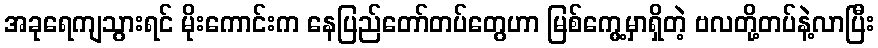
အခုရေကျသွားရင် မိုးကောင်းက နေပြည်တော်တပ်တွေဟာ မြစ်ကွေ့မှာရှိတဲ့ ဗလတို့တပ်နဲ့လာပြီး